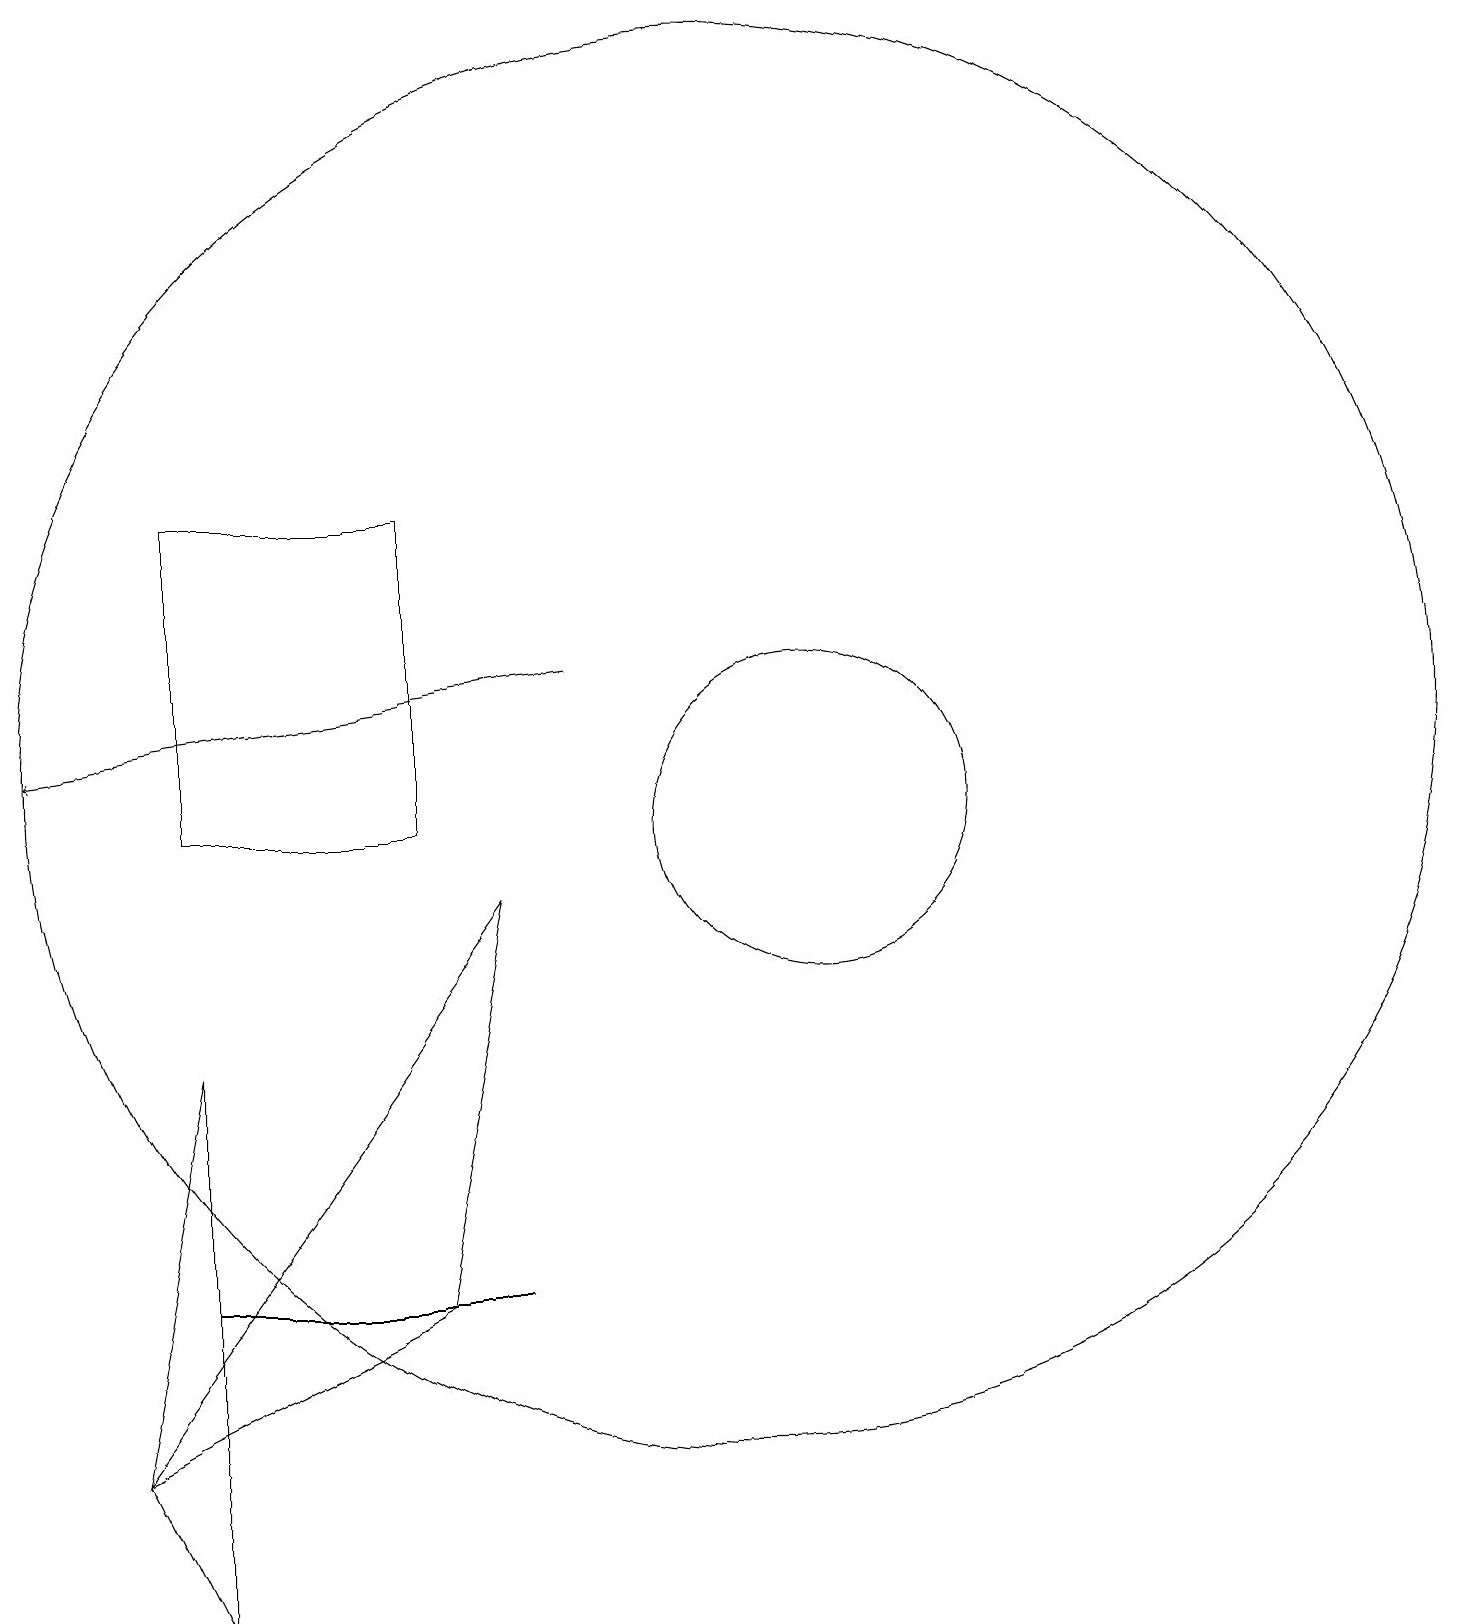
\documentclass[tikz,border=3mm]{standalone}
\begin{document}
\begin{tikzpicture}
\draw (7,14) rectangle (4,10);
\draw (4,4) -- (5,4) -- (8,4) -- cycle;
\draw (11,11) circle (9);
\draw (7,4) -- (8,9) -- (3,2) -- cycle;
\draw[->] (9,12) -- (2,11);
\draw (4,0) -- (3,2) -- (4,7) -- cycle;
\draw (12,10) circle (2);
\draw (12,10) circle (0);
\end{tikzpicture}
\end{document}